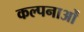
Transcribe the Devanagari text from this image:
कल्‍पनाओं